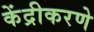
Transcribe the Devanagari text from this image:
केंद्रीकरणे